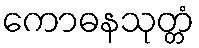
ကောဓနသုတ္တံ